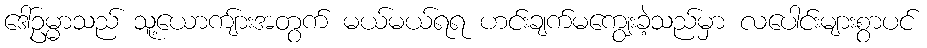
ဒေါ်ဥမ္မာသည် သူ့ယောကျ်ားအတွက် မယ်မယ်ရရ ဟင်းချက်မကျွေးခဲ့သည်မှာ လပေါင်းများစွာပင်